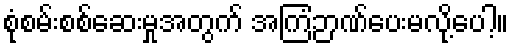
စုံစမ်းစစ်ဆေးမှုအတွက် အကြံဉာဏ်ပေးမလို့ပေါ့။